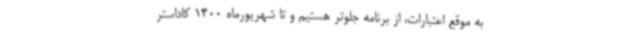
به موقع اعتبارات، از برنامه جلوتر هستیم و تا شهریورماه 1400 کاداستر